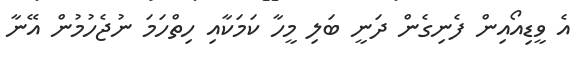
އެ ވީޑިއޯއިން ފެނިގެން ދަނީ ބަލި މީހާ ކަމަކާއި ހިތްހަމަ ނުޖެހުމުން އޭނާ